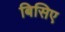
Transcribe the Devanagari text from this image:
बिसिए